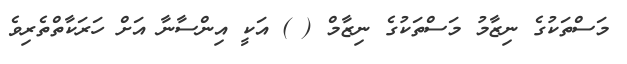
މަސްތަކުގެ ނިޒާމު މަސްތަކުގެ ނިޒާމް ( ) އަކީ އިންސާނާ އަށް ހަރަކާތްތެރިވެ